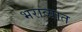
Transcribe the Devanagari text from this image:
भराव्यात